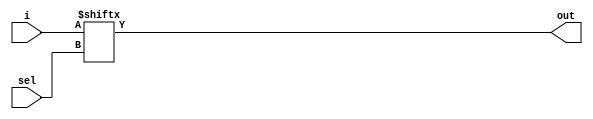
//N-1 Multiplexer
module mux(out,sel,i );
parameter N=16 ,LN=4; // LN = log_2(N)
input [N-1:0]i;
input [LN-1:0]sel;
output out ;
assign out = i[sel];
endmodule